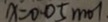
x = 0 . 0 5 m o 1 .